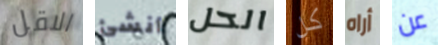
الاقل أنشئ الحل كل أراه عن